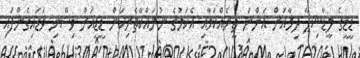
ޑީޑީގެ ލީޑާޝިޕާ ދިމާއަށް އަންނަ ތީރެއްކަމާއި އެކަމުގެ ނުރައްކާތެރިކަން ޑީޑީއަށް ވިސްނި ވަޑައިގެންފައި